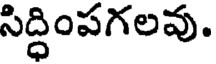
సిద్ధింపగలవు.